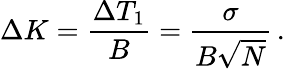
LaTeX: \Delta K=\frac{\Delta T_{1}}{B}=\frac{\sigma}{B\sqrt{N}}\, .